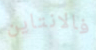
فالانتاين